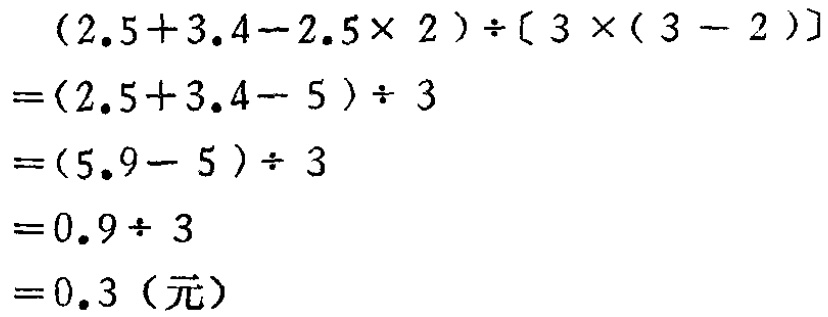
\[
\begin{align*}
&(2.5 + 3.4 - 2.5\times2)\div[3\times(3 - 2)]\\
=&(2.5 + 3.4 - 5)\div3\\
=&(5.9 - 5)\div3\\
=&0.9\div3\\
=&0.3（元）
\end{align*}
\]